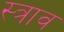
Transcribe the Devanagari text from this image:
स्‍त्राव